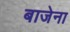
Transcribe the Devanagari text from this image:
बाजेना